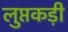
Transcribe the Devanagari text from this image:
लुप्तकड़ी